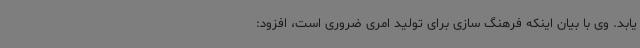
یابد. وی با بیان اینکه فرهنگ سازی برای تولید امری ضروری است، افزود: